Annual report of the Punjab Veterinary College and of the Civil Veterinary Department, Punjab - 1920-1925
Year: 1920
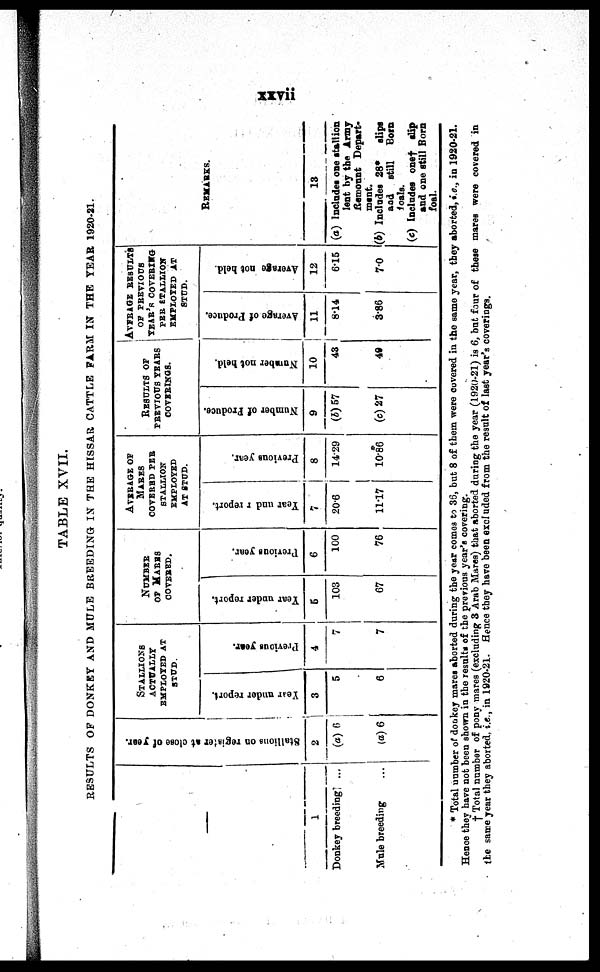
xxvii
TABLE XVII.
RESULTS O F DONKEY A N D MULE BREEDING IN T H E HISSAR CATTLE FARM IN T H E YEAR 1920-21.
—
1
Donkey breedi ng ...
Mul e breedi ng ...
Stallions on register at close of year.
2
(a) 6
(a) 6
STALLIONS EMPLOYED AT
STUD.
Year
under report.
3
5
6
Previous year.
4
7
7
NUMBER
OF M ARES
COVERED.
Year under report.
5
103
67
Previous year.
6
100
76
AVERAGE OF
MARKS COVERED PER
STALLION EMPLOYED
AT STUD.
Year under report.
7
20. 6
11. 17
Previous year.
8
14. 29
10. 86
RESULTS OF
PREVI OUS YEARS
COVERINGS.
Number of Produce.
9
(b) 57
(c) 27
Number not held.
10
43
49
AVERAGE RESULTS
OF PREVIOUS
YEAR'S COVERING
PER STALLION
EMPLOYED AT
STUD.
Average of Produce.
11
8. 14
3. 86
Average not held.
12
6. 15
7. 0
REMARKS.
13
(a) Incl udes one stallion
lent b y t he Army
Remount Depart-
ment.
(b) Incl udes 28* slips
and still Bora
foals.
(c) Incl udes one† slip
and one still Born
foal.
* Total number o f donkey mares aborted duri ng t he year comes t o 35, but 8 of them were covered i n t he same year, they aborted, i.e., i n 1920-21.
Hence they have not been shown i n t he results of t he previ ous year's covering.
† Total number of pony mares (excl udi ng 8 Arab Mares) that aborted duri ng t he year (1920-21) i s 6, but four of these mares were covered in
the same year they aborted, i . e. , i n 1920-21. Hence they have been excl uded from t he result of last year's coverings.